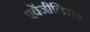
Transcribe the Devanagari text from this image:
एवेंजीलिस्टा